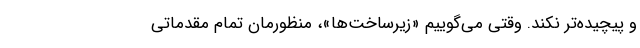
و پیچیده‌تر نکند. وقتی می‌گوییم «زیرساخت‌ها»، منظورمان تمام مقدماتی